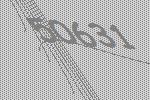
50631